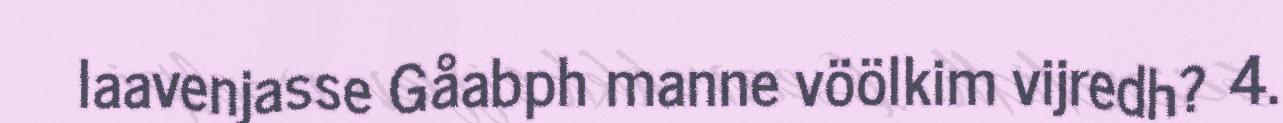
laavenjasse Gåabph manne vöölkim vijredh? 4.